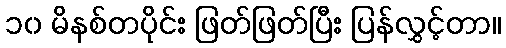
၁၀ မိနစ်တပိုင်း ဖြတ်ဖြတ်ပြီး ပြန်လွှင့်တာ။